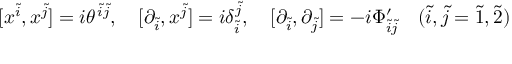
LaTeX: [ x ^ { \tilde { i } } , x ^ { \tilde { j } } ] = i \theta ^ { \ \! \! \tilde { i } \tilde { j } } , \quad [ \partial _ { \tilde { i } } , x ^ { \tilde { j } } ] = i \delta _ { \tilde { i } } ^ { \tilde { j } } , \quad [ \partial _ { \tilde { i } } , \partial _ { \tilde { j } } ] = - i \Phi _ { \tilde { i } \tilde { j } } ^ { \prime } \quad ( \tilde { i } , \tilde { j } = \tilde { 1 } , \tilde { 2 } )